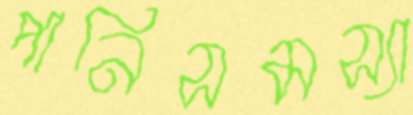
পানিসমস্যা